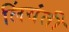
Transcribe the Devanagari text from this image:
लिंयंती